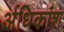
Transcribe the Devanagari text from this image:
र्अधिकांश